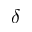
\delta